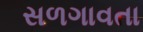
સળગાવતા